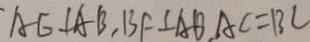
A G \bot A B , B F \bot A B , A C = B C